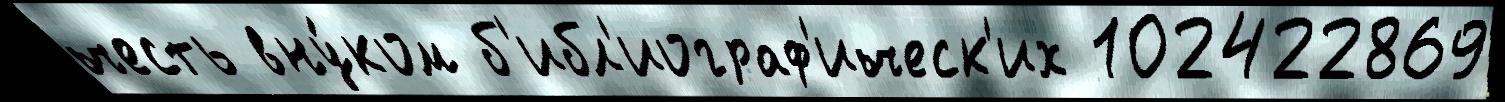
честь вну́ком б'ибл'иограф'ическ'их 102422869